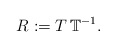
\begin{align*}R:= T \, \mathbb{T}^{-1}.\end{align*}